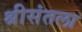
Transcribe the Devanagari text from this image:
श्रीसंतला